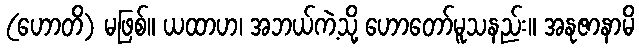
(ဟောတိ) မဖြစ်။ ယထာဟ၊ အဘယ်ကဲ့သို့ ဟောတော်မူသနည်း။ အနုဇာနာမိ